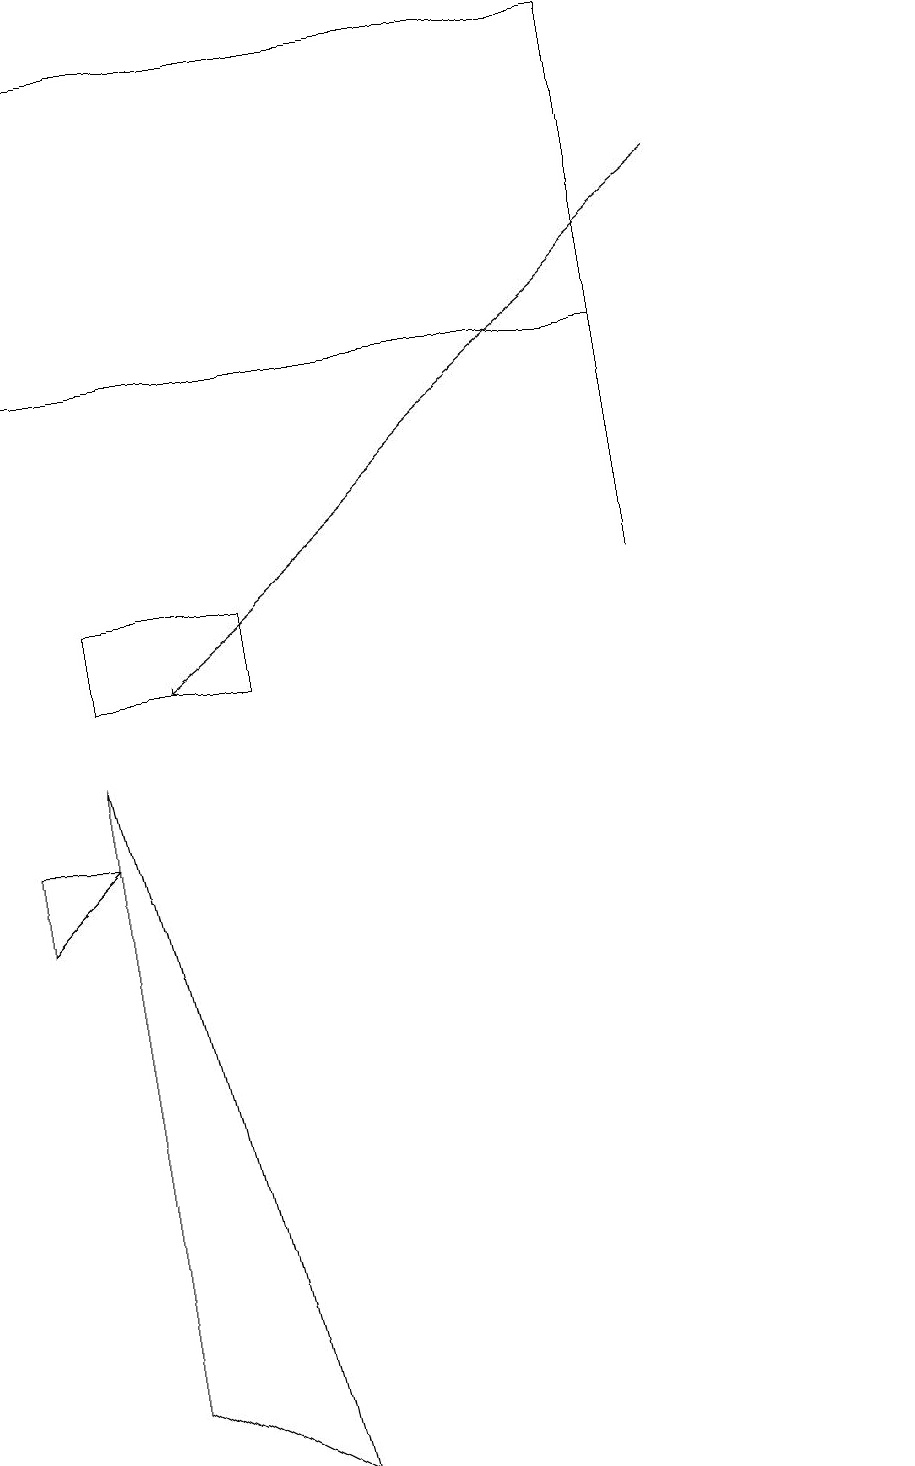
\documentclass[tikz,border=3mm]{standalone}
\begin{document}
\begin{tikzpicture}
\draw (1,10) rectangle (3,11);
\draw (1,9) -- (1,1) -- (3,0) -- cycle;
\draw[->] (9,16) -- (2,10);
\draw (11,11) circle (0);
\draw (0,8) -- (1,8) -- (0,7) -- cycle;
\draw (0,18) rectangle (8,14);
\draw (8,18) rectangle (8,11);
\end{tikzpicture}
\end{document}